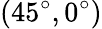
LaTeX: (45^{\circ},0^{\circ})